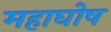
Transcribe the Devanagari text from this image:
महाघोष